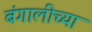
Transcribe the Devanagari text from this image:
बंगालीच्या